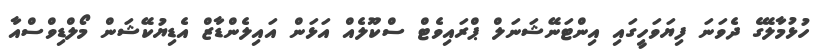
ހުޅުމާލޭގެ ދެވަނަ ފިޔަވަހީގައި އިންޓަނޭޝަނަލް ޕްރައިވެޓް ސްކޫލެއް އަޅަން އައިލެންޑާޒް އެޑިޔުކޭޝަން މޯލްޑިވްސްއާ